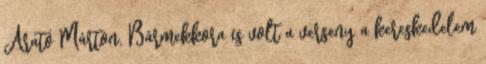
Arató Márton. Bármekkora is volt a verseny a kereskedelem